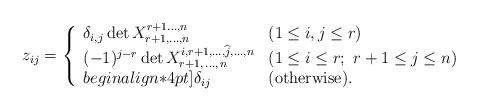
LaTeX: \begin{align*}z_{ij}=\left\{\begin{array}{ll}\delta_{i,j}\det X^{r+1\ldots,n}_{r+1,\ldots,n}\quad&(1\le i,j\le r)\\(-1)^{j-r}\det X^{i,r+1,\ldots,\widehat{j},\ldots,n}_{r+1,\,\ldots,\,n}&(1\le i\le r;\ r+1\le j\le n)\\begin{align*}4pt]\delta_{ij} &(\mbox{otherwise}). \end{array}\right.\end{align*}